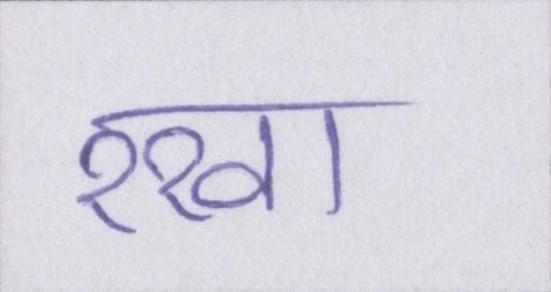
रखा